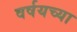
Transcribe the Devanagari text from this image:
वर्षयच्या